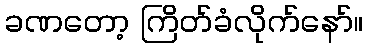
ခဏတော့ ကြိတ်ခံလိုက်နော်။